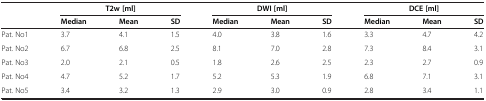
<table><thead><tr><td rowspan="2"><b> </b></td><td colspan="3"><b>T2w [ml]</b></td><td colspan="3"><b>DWI [ml]</b></td><td colspan="3"><b>DCE [ml]</b></td></tr><tr><td><b>Median</b></td><td><b>Mean</b></td><td><b>SD</b></td><td><b>Median</b></td><td><b>Mean</b></td><td><b>SD</b></td><td><b>Median</b></td><td><b>Mean</b></td><td><b>SD</b></td></tr></thead><tbody><tr><td>Pat. No1</td><td>3.7</td><td>4.1</td><td>1.5</td><td>4.0</td><td>3.8</td><td>1.6</td><td>3.3</td><td>4.7</td><td>4.2</td></tr><tr><td>Pat. No2</td><td>6.7</td><td>6.8</td><td>2.5</td><td>8.1</td><td>7.0</td><td>2.8</td><td>7.3</td><td>8.4</td><td>3.1</td></tr><tr><td>Pat. No3</td><td>2.0</td><td>2.1</td><td>0.5</td><td>1.8</td><td>2.6</td><td>2.5</td><td>2.3</td><td>2.7</td><td>0.9</td></tr><tr><td>Pat. No4</td><td>4.7</td><td>5.2</td><td>1.7</td><td>5.2</td><td>5.3</td><td>1.9</td><td>6.8</td><td>7.1</td><td>3.1</td></tr><tr><td>Pat. No5</td><td>3.4</td><td>3.2</td><td>1.3</td><td>2.9</td><td>3.0</td><td>0.9</td><td>2.8</td><td>3.4</td><td>1.1</td></tr></tbody></table>